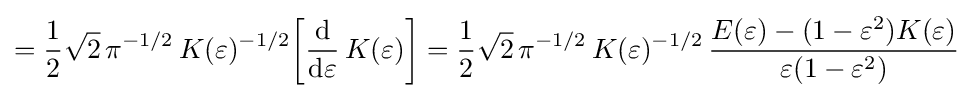
={\frac {1}{2}}{\sqrt {2}}\,\pi ^{-1/2}\,K(\varepsilon )^{-1/2}{\biggl [}{\frac {\mathrm {d} }{\mathrm {d} \varepsilon }}\,K(\varepsilon ){\biggr ]}={\frac {1}{2}}{\sqrt {2}}\,\pi ^{-1/2}\,K(\varepsilon )^{-1/2}\,{\frac {E(\varepsilon )-(1-\varepsilon ^{2})K(\varepsilon )}{\varepsilon (1-\varepsilon ^{2})}}